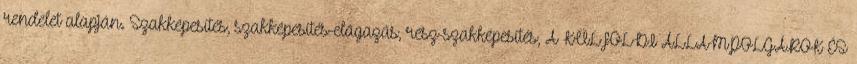
rendelet alapján. Szakképesítés, szakképesítés-elágazás, rész-szakképesítés, A KÜLFÖLDI ÁLLAMPOLGÁROK ÉS